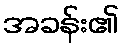
အခန်း၏